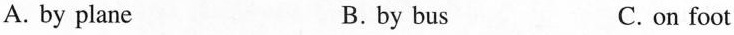
A. by plane B. by bus C. on foot